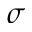
\sigma